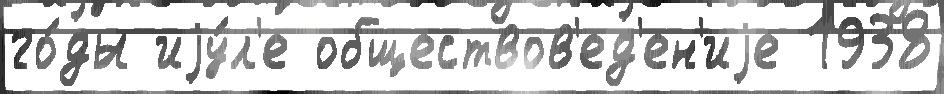
го́ды иjу́л'е обществов'ед'ен'иjе 1938